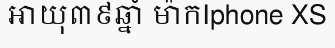
អាយុ៣៩ឆ្នាំ ម៉ាកIphone XS